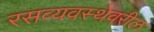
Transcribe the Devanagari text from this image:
रसव्यवस्थेवरील